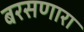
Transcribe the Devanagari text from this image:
बरसणारा